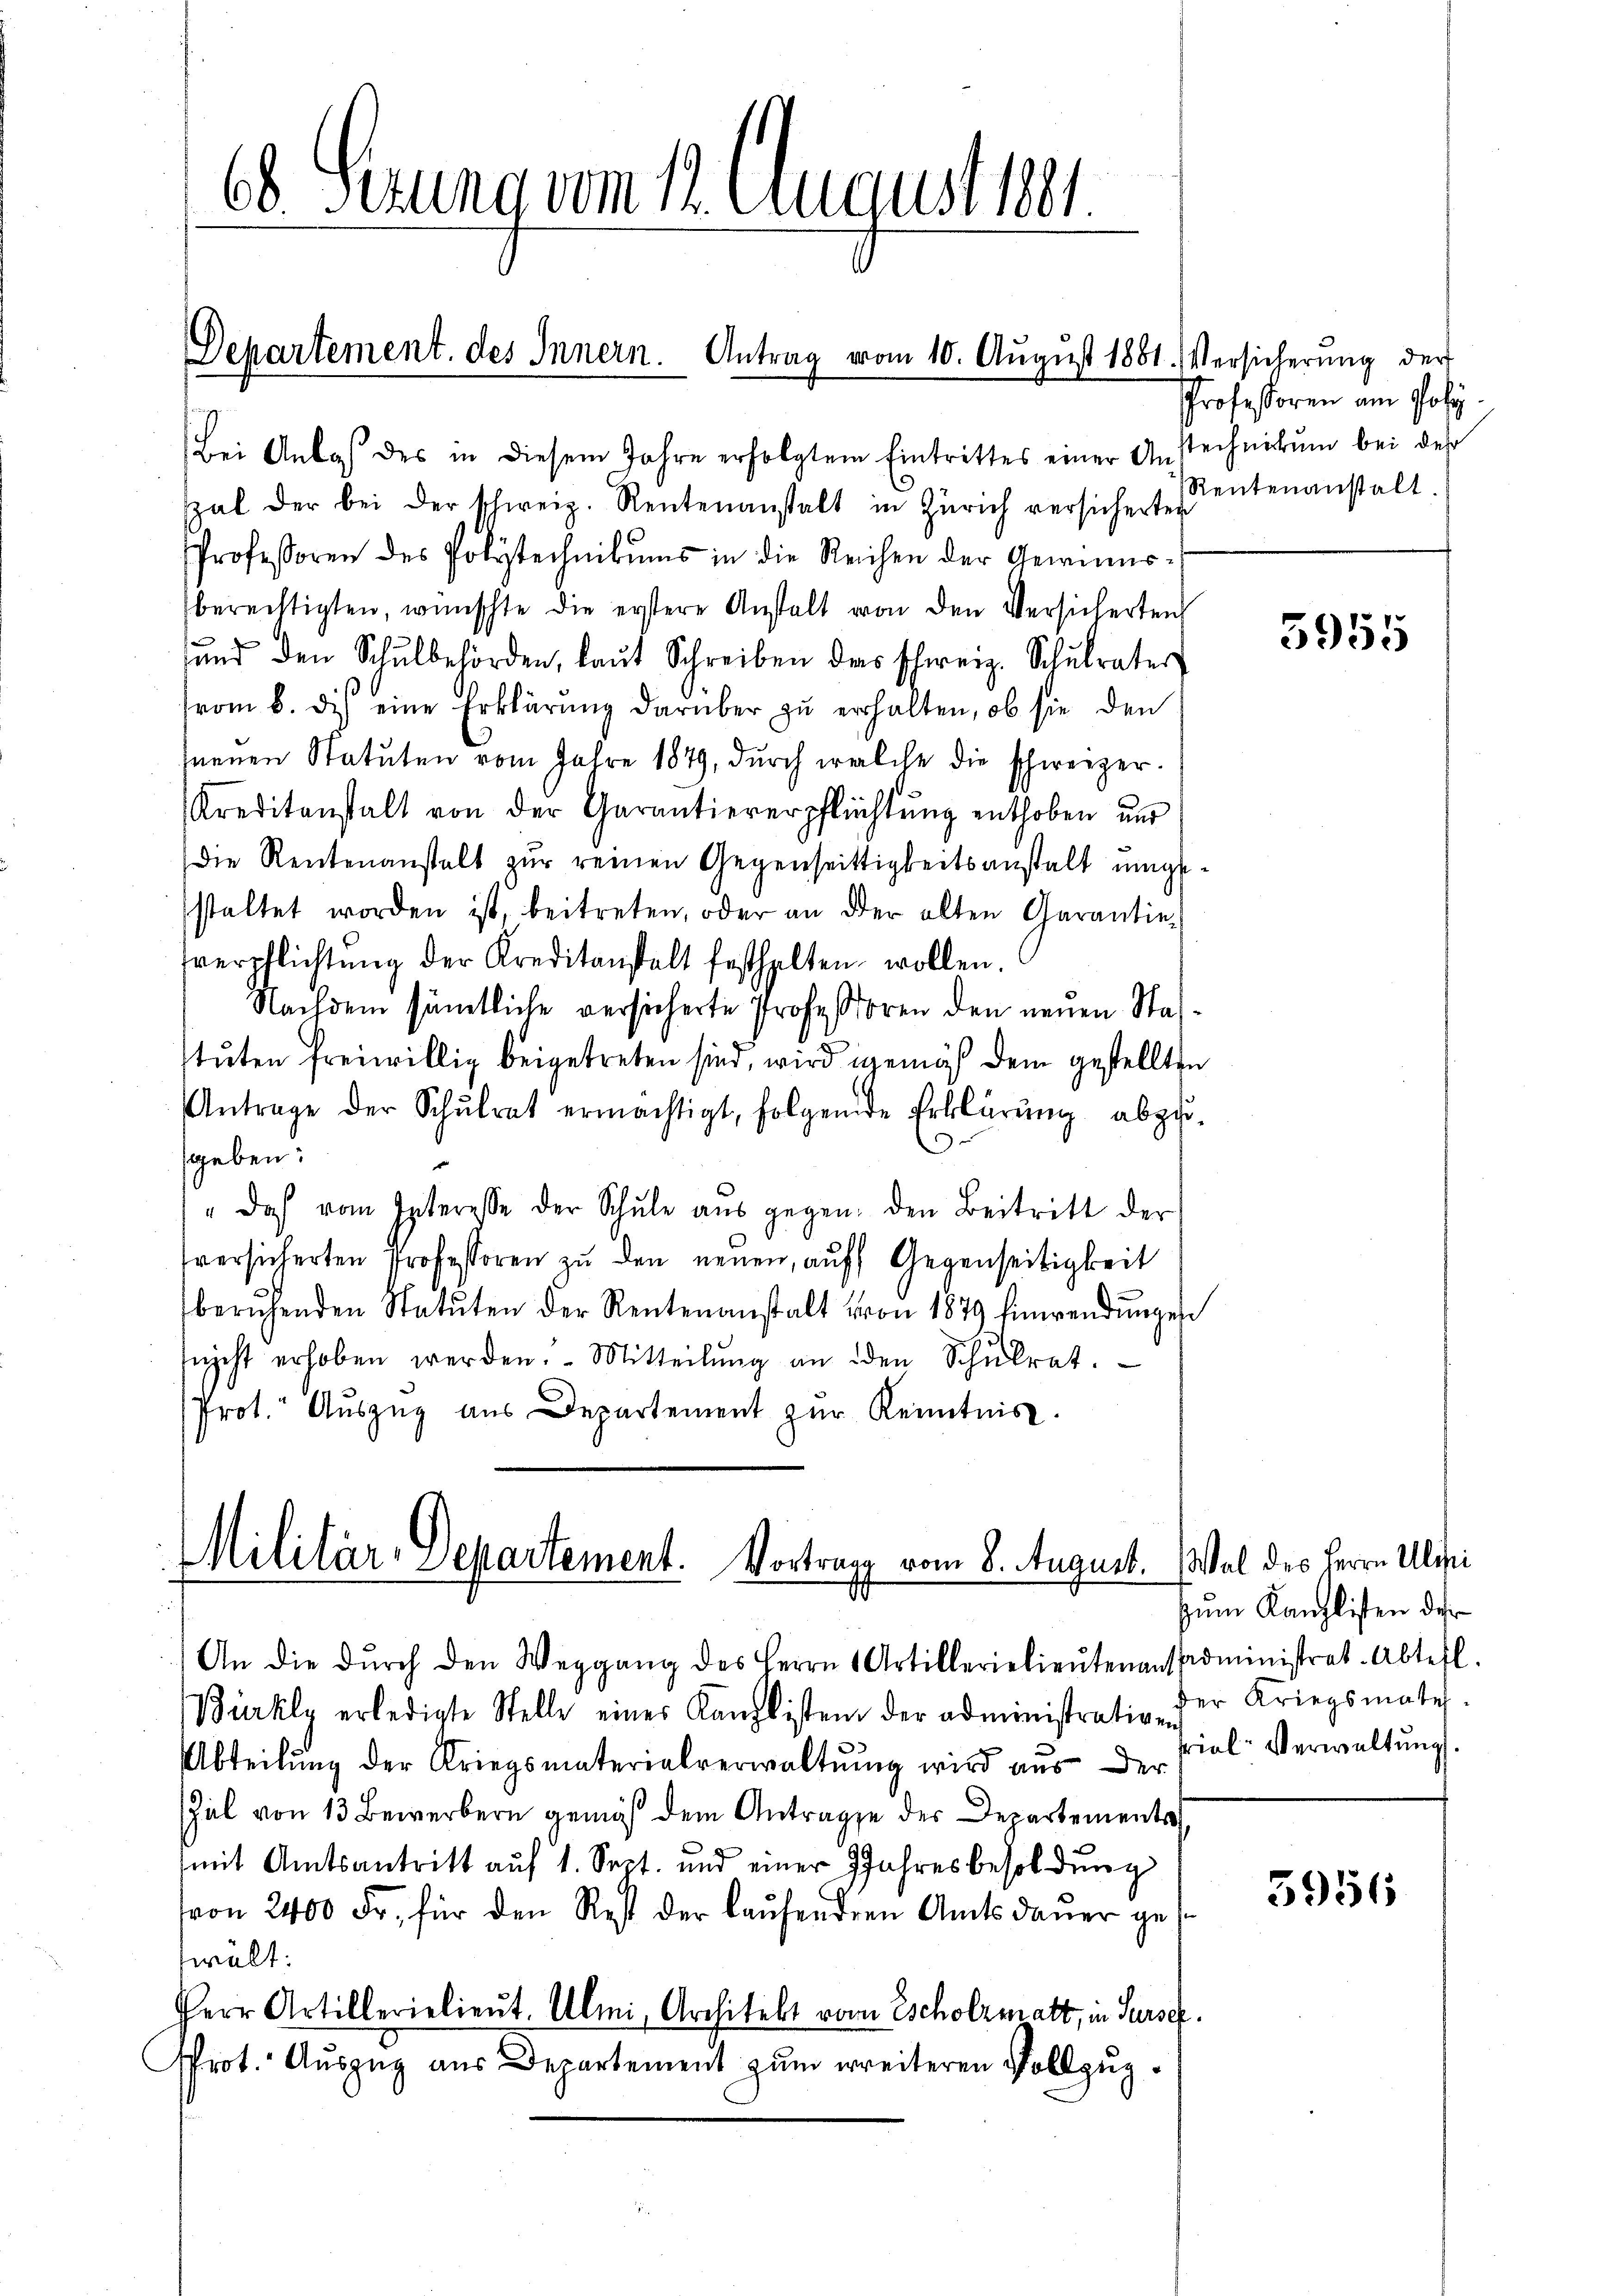
Bei Anlaß des in diesem Jahre erfolgtem Eintrittes einer Anstechnikum bei des
spal der bei der schweiz. Rentenanstalt in Zürich versicherten
Professoren des Polytechnikums in die Reichen der Gewinnsberechtigten, wünschte die erstere Anstalt von den Versicherteich
ŭnd den Schŭlbehörden, laŭt Schreiben das schweiz. Schŭlrater
vom 6. des eine Erklärung darüber zu erhalten, ob sie den
hneuen Statuten vom Jahre 1879, durch welche die schweizer¬
Kreditanstalt von der Garantiererpflichtŭng enthoben und
Die Rentenanstalt zur reinen Gegenseitigkeitsanstalt umgestaltet worden ist, beitreten, oder an der alten Garantieverpflichtŭng der Kreditanstalt festhalten wollen.
Nachdem sämtliche versicherte Professoren den neuen Statuten freiwillig beigetreten sind, wird gemäß dem gestellten
Antrage der Schŭlrat ermächtigt, folgende Erklärŭng abzu-
sgeben:
"das vom Interesse der Schŭle aŭs gegen den Beitritt der
fversicherten Professoren zu den neuen, auf Gegenseitigkeit
beruhenden Statuten der Rentenanstalt von 1879 Einwendŭngen
snicht erhoben werden. Mitteilŭng an den Schŭlrat.
Prot. Aŭszŭg aŭs Departement zŭr Kenntnis.

Ob Gerung vom 12. August 181.

Departement. des Innern. Antrag vom 10. August 1881. Versicherŭng der

Bürkly erledigte Stelle eines Kanzlisten der administrativen
Abteilung der Kriegsmaterialverwaltung wird aus der
Zel von 13 Bewerbern gemäß dem Antrage der Departements
mit Amtsantritt auf 1. Sept. und einer Jahresbesoldung
von 2400 Fr. für den Rest der laŭfendern Amtsdaŭer ges
wält:
Perr Artillerielieŭt. Almi, Architekt vom Escholzmatt, in Surse
sprot. Auszug aus Departement zum weiteren Vollzug¬

Militär-Separtement. Vortrag vom 8. August.
An die dŭrch den Weggang des Herrn Artillerielieŭtenanspadministrat. Abteil.

Professoren am Poly
Rentenanstalt.

5955

Wal des Herrn Ulri
zum Kanzlisten der
der Kriegsmates.
rial-Verwaltung

5956